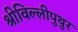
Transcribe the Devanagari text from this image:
श्रीविल्लीपुथुर